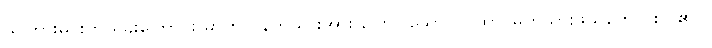
သိကြားမင်းက ရှိခိုးကြောင်း မာတလိနတ်သားအား ပြောပြသော (ဂါထာ၊ မှတ်သားဖွယ်ကောင်းလှ၏။)